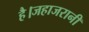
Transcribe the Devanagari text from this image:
है।जहाजरानी